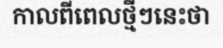
កាលពីពេលថ្មីៗនេះថា